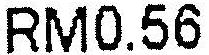
RM0.56